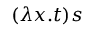
( \lambda x . t ) s